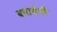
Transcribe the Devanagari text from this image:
बनायेगी